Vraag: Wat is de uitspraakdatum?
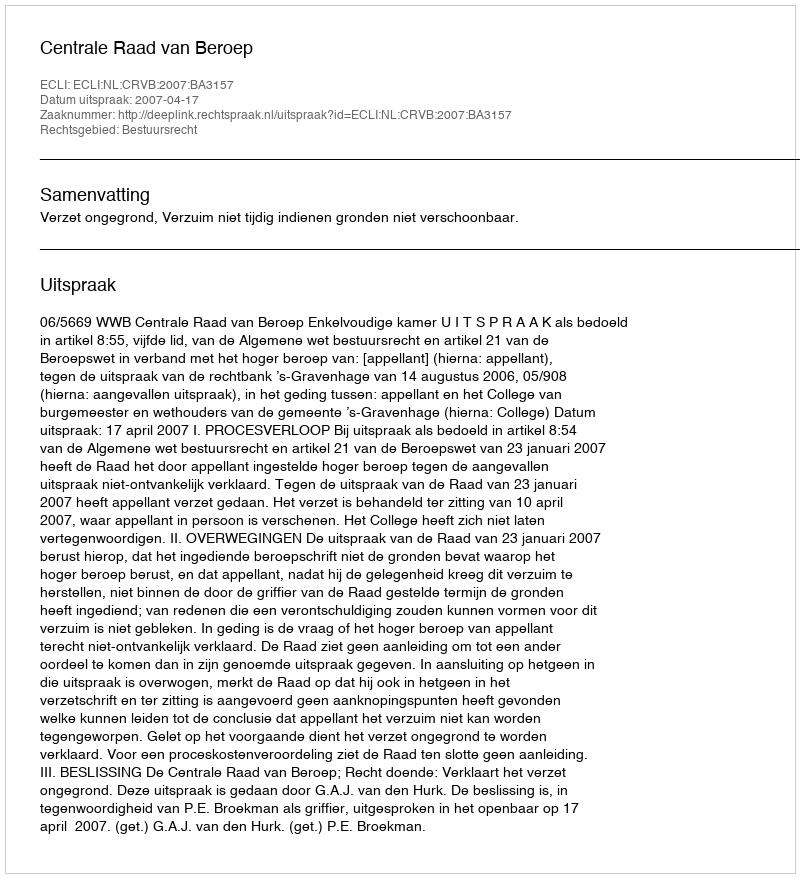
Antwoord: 2007-04-17